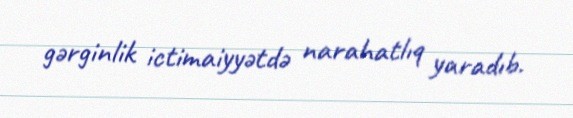
gərginlik ictimaiyyətdə narahatlıq yaradıb.